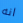
انه